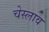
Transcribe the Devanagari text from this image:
चेस्लाव